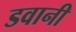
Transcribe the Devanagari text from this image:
डवानी